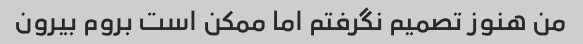
من هنوز تصمیم نگرفتم اما ممکن است بروم بیرون